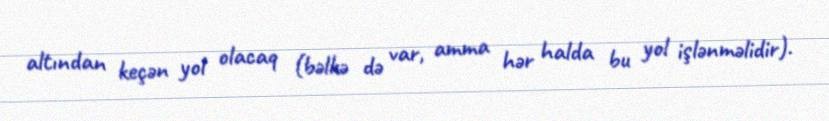
altından keçən yol olacaq (bəlkə də var, amma hər halda bu yol işlənməlidir).